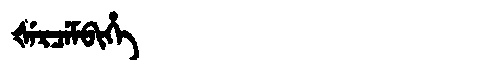
Manchu: ᡧᡝᡵᠴᡝᠮᠪᡳᡥᡝ
Romanization: ŠERCEMBIHE